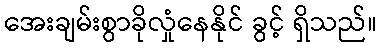
အေးချမ်းစွာခိုလှုံနေနိုင် ခွင့် ရှိသည်။